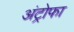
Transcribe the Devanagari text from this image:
अंट्रोफा